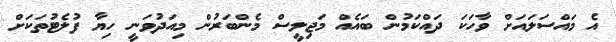
އެ މައްސަލައަށް ވާހަކަ ދައްކަމުން ބައެއް މަޖިލީސް މެންބަރުން މިއަދުވަނީ ހިޔާ ފުލެޓުތަކަށް